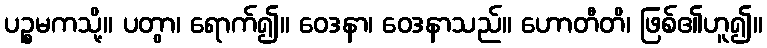
ပဉ္စမကသို့။ ပတွာ၊ ရောက်၍။ ဝေဒနာ၊ ဝေဒနာသည်။ ဟောတီတိ၊ ဖြစ်၏ဟူ၍။